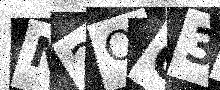
Text: N2OC35